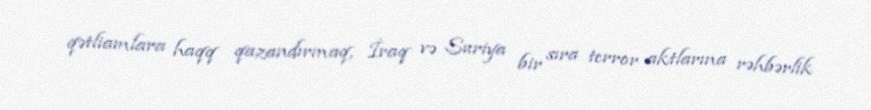
qətliamlara haqq qazandırmaq, İraq və Suriya bir sıra terror aktlarına rəhbərlik